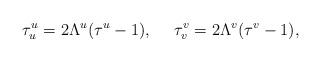
LaTeX: \begin{align*}\tau^u_u=2\Lambda^u(\tau^u-1),\ \ \ \ \tau^v_v=2\Lambda^v(\tau^v-1),\end{align*}